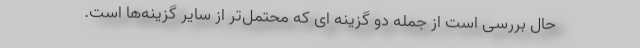
حال بررسی است از جمله دو گزینه ای که محتمل‌تر از سایر گزینه‌ها است.